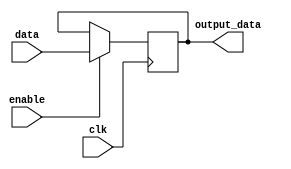
module gated_latch(
    input data,
    input enable,
    input clk,
    output reg output_data
);

reg latch_data;

always @(posedge clk) begin
    if(enable) begin
        latch_data <= data;
    end
end

assign output_data = latch_data;

endmodule